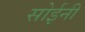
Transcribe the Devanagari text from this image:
सोईनी